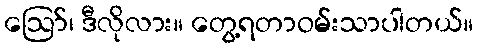
ဪ၊ ဒီလိုလား။ တွေ့ရတာဝမ်းသာပါတယ်။